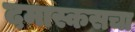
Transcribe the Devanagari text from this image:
दमास्कसचा